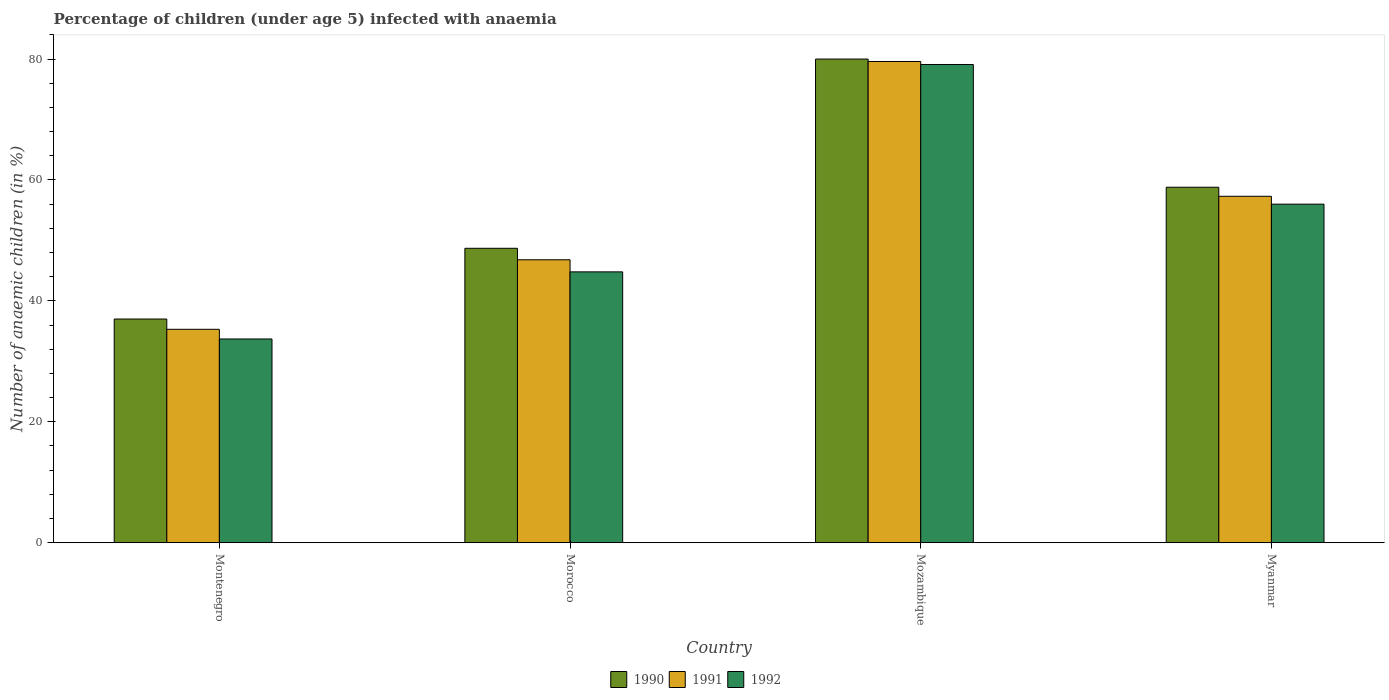
| Country | 1990 | 1991 | 1992 |
 | --- | --- | --- | --- |
 | Montenegro | 37 | 35.3 | 33.7 |
 | Morocco | 48.7 | 46.8 | 44.8 |
 | Mozambique | 80 | 79.6 | 79.1 |
 | Myanmar | 58.8 | 57.3 | 56 |